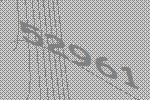
52961